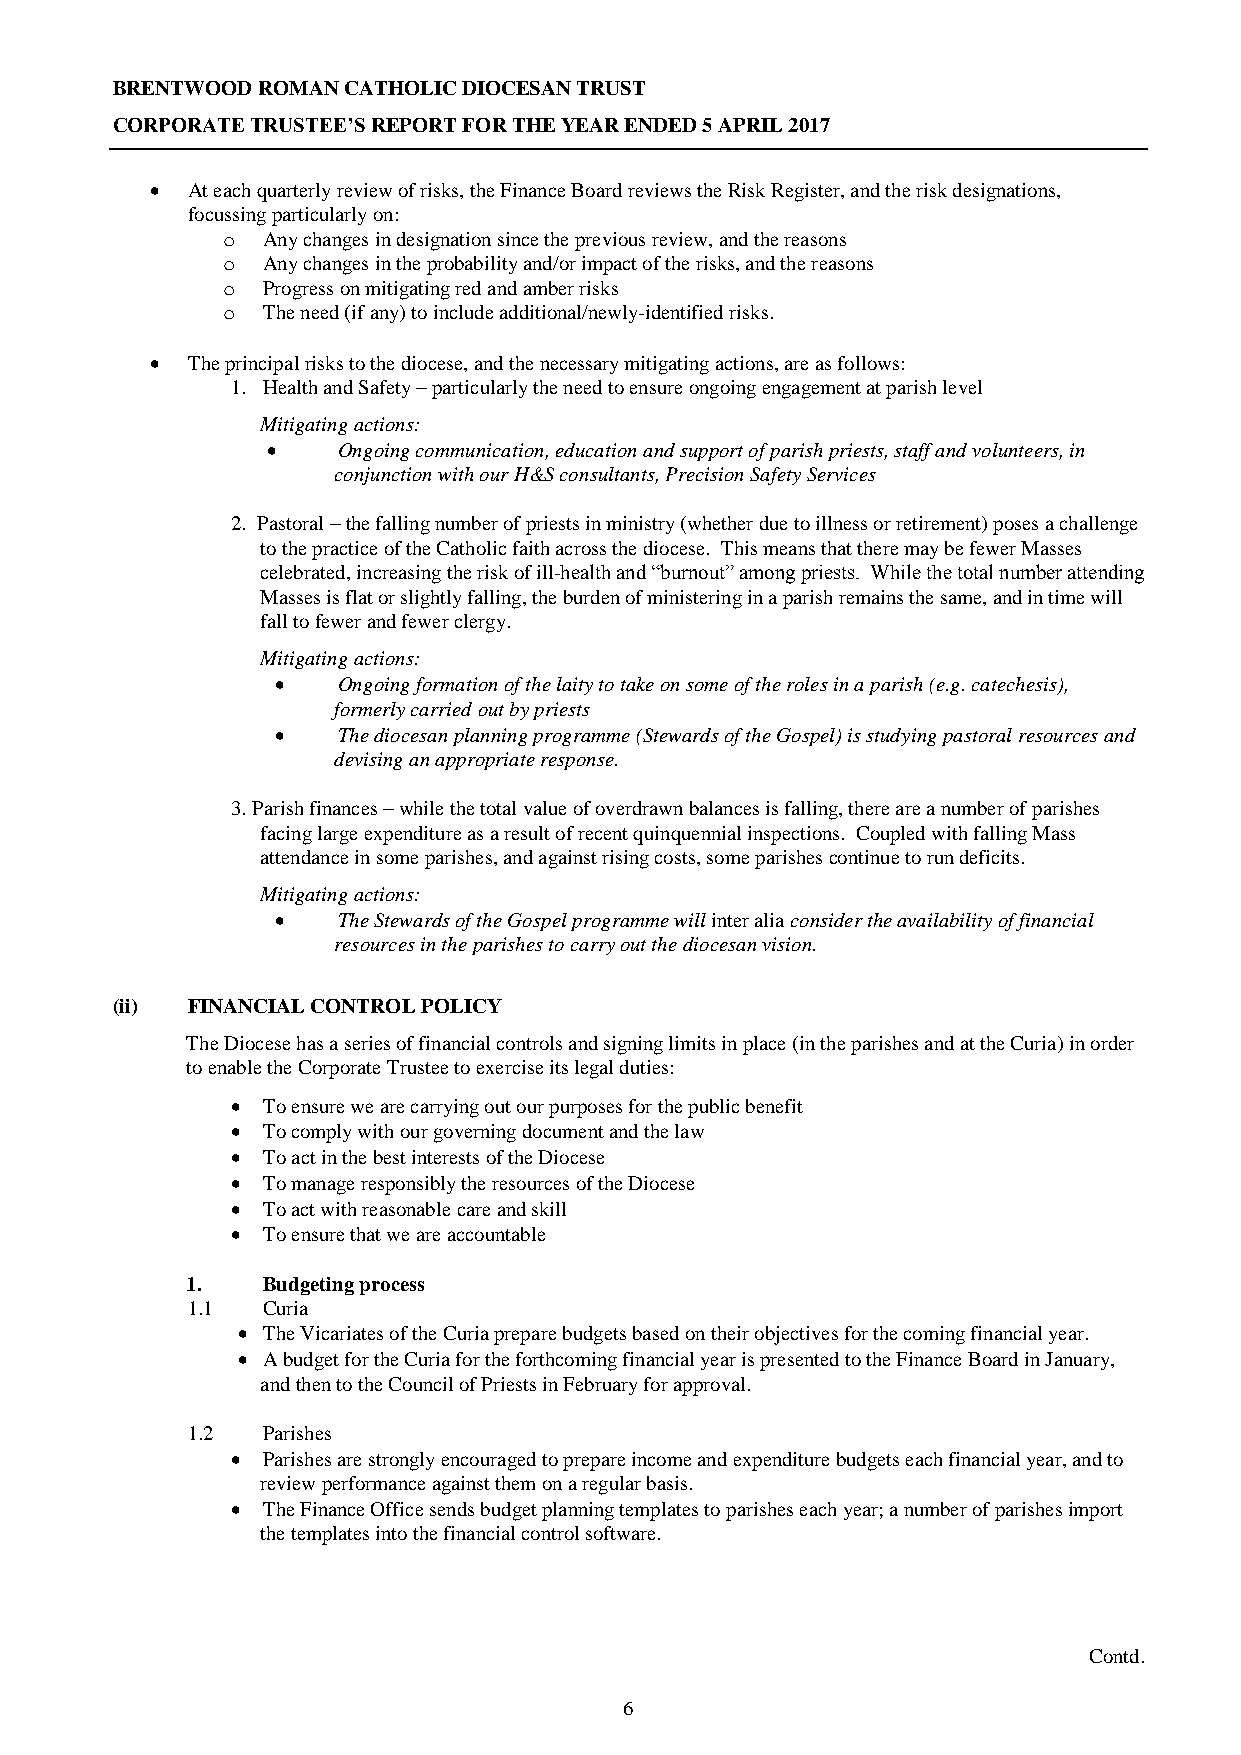
BRENTWOOD ROMAN CATHOLIC DIOCESAN TRUST
 CORPORATE TRUSTEE’S REPORT FOR THE YEAR ENDED 5 APRIL 2017
  At each quarterly review of risks, the Finance Board reviews the Risk Register, and the risk designations,
 focussing particularly on:
 o Any changes in designation since the previous review, and the reasons
 o Any changes in the probability and/or impact of the risks, and the reasons
 o Progress on mitigating red and amber risks
 o The need (if any) to include additional/newly-identified risks.
  The principal risks to the diocese, and the necessary mitigating actions, are as follows:
 1. Health and Safety – particularly the need to ensure ongoing engagement at parish level
 Mitigating actions:
    Ongoing communication, education and support of parish priests, staff and volunteers, in
 conjunction with our H&S consultants, Precision Safety Services
 2. Pastoral – the falling number of priests in ministry (whether due to illness or retirement) poses a challenge
 to the practice of the Catholic faith across the diocese. This means that there may be fewer Masses
 celebrated, increasing the risk of ill-health and “burnout” among priests. While the total number attending
 Masses is flat or slightly falling, the burden of ministering in a parish remains the same, and in time will
 fall to fewer and fewer clergy.
 Mitigating actions:
    Ongoing formation of the laity to take on some of the roles in a parish (e.g. catechesis),
 formerly carried out by priests
    The diocesan planning programme (Stewards of the Gospel) is studying pastoral resources and
 devising an appropriate response.
 3. Parish finances – while the total value of overdrawn balances is falling, there are a number of parishes
 facing large expenditure as a result of recent quinquennial inspections. Coupled with falling Mass
 attendance in some parishes, and against rising costs, some parishes continue to run deficits.
 Mitigating actions:
    The Stewards of the Gospel programme will inter alia consider the availability of financial
 resources in the parishes to carry out the diocesan vision.
 (ii) FINANCIAL CONTROL POLICY
 The Diocese has a series of financial controls and signing limits in place (in the parishes and at the Curia) in order
 to enable the Corporate Trustee to exercise its legal duties:
  To ensure we are carrying out our purposes for the public benefit
  To comply with our governing document and the law
  To act in the best interests of the Diocese
  To manage responsibly the resources of the Diocese
  To act with reasonable care and skill
  To ensure that we are accountable
 1.   Budgeting process
 1.1  Curia
  The Vicariates of the Curia prepare budgets based on their objectives for the coming financial year.
  A budget for the Curia for the forthcoming financial year is presented to the Finance Board in January,
 and then to the Council of Priests in February for approval.
 1.2  Parishes
  Parishes are strongly encouraged to prepare income and expenditure budgets each financial year, and to
 review performance against them on a regular basis.
  The Finance Office sends budget planning templates to parishes each year; a number of parishes import
 the templates into the financial control software.
 Contd.
 6